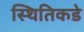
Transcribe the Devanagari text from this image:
स्थितिकडे